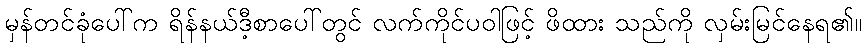
မှန်တင်ခုံပေါ်က ရိန်နယ်ဒီ့စာပေါ်တွင် လက်ကိုင်ပဝါဖြင့် ဖိထား သည်ကို လှမ်းမြင်နေရ၏။